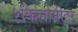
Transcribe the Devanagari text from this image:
१किलोमीटर